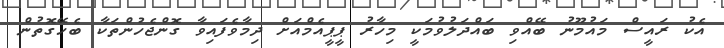
އެކު ރައީސް މައުމޫނު ބޭއްވި ބައްދަލުވުމަކީ މިހާރު ޕީޕީއެމްއަށް ދިމާވެފައިވާ ގޮންޖެހުންތަކާ ބެހޭގޮތުން